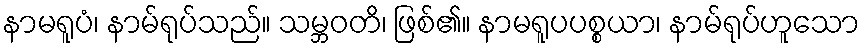
နာမရူပံ၊ နာမ်ရုပ်သည်။ သမ္ဘဝတိ၊ ဖြစ်၏။ နာမရူပပစ္စယာ၊ နာမ်ရုပ်ဟူသော